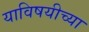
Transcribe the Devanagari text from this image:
याविषयीच्या